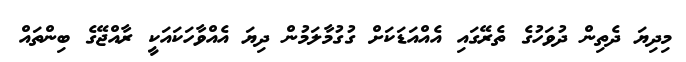
މިދިޔަ ދެތިން ދުވަހުގެ ތެރޭގައި އެއްއަޑަކަށް ގުގުމާލަމުން ދިޔަ އެއްވާހަކައަކީ ރާއްޖޭގެ ބިންތައް